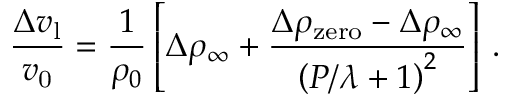
\frac { \Delta v _ { \mathrm { l } } } { v _ { \mathrm { 0 } } } = \frac { 1 } { \rho _ { 0 } } \left[ \Delta \rho _ { \infty } + \frac { \Delta \rho _ { \mathrm { z e r o } } - \Delta \rho _ { \infty } } { \left( P / \lambda + 1 \right) ^ { 2 } } \right] \, .